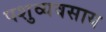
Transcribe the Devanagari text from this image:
पशुव्यवसाय